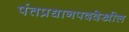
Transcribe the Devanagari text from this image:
पंतप्रधानपददेखील